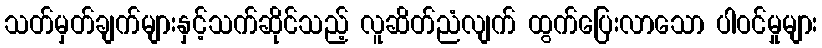
သတ်မှတ်ချက်များနှင့်သက်ဆိုင်သည့် လူဆိတ်ညံလျက် ထွက်ပြေးလာသော ပါဝင်မှုများ